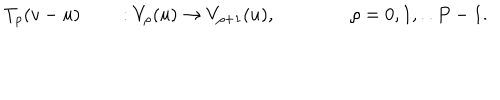
T _ { \rho } ( v - u ) \qquad : V _ { \rho } ( u ) \rightarrow V _ { \rho + 1 } ( u ) , \qquad \qquad \rho = 0 , 1 , . . P - 1 .